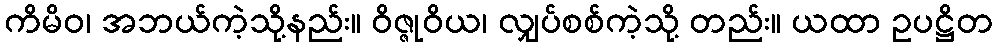
ကိမိဝ၊ အဘယ်ကဲ့သို့နည်း။ ဝိဇ္ဇုဝိယ၊ လျှပ်စစ်ကဲ့သို့ တည်း။ ယထာ ဥပဋ္ဌိတ